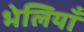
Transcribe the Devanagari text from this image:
भेलियाँ